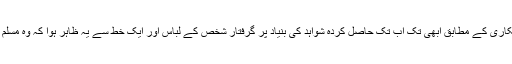
ابھی تک ملی جانکاری کے مطابق ابھی تک اب تک حاصل کردہ شواہد کی بنیاد پر گرفتار شخص کے لباس اور ایک خط سے یہ ظاہر ہوا کہ وہ مسلم پس منظر کا ہے۔